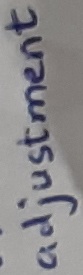
Text: adjustments